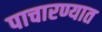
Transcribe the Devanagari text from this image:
पाचारण्यात